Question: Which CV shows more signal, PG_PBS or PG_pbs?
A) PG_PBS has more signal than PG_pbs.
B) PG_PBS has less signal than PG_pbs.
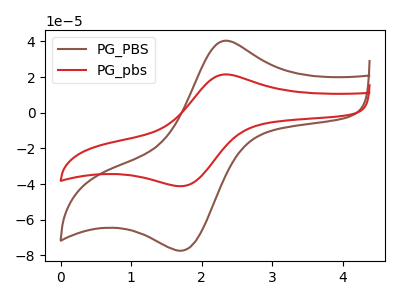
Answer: <think>The brown curve "PG_PBS" has an anodic peak at (2.35V, 40.45uA) and a cathodic peak at (1.75V, -76.85uA). The red curve "PG_pbs" has an anodic peak at (2.35V, 21.55uA) and a cathodic peak at (1.75V, -40.90uA).
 All the peaks in "PG_PBS" have a peak in "PG_pbs" at the same potential. Every peak in "PG_PBS" is higher than every peak in "PG_pbs".</think>
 <answer>A) "PG_PBS" has more signal than "PG_pbs".</answer>
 <eval>A</eval>